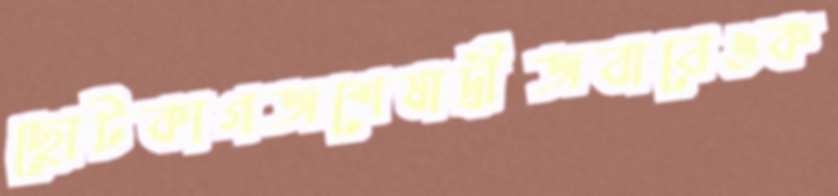
ছোটকাগজশেষাদ্রীজবাবেওক